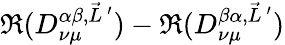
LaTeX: \Re(D_{\nu\mu}^{\alpha\beta,\vec{L}\, ^{\prime}})-\Re(D_{\nu\mu}^{\beta\alpha,\vec{L}\, ^{\prime}})